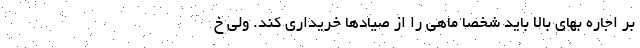
بر اجاره بهای بالا باید شخصا ماهی را از صیادها خریداری کند. ولی خ